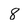
Character: 8